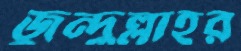
জুন্দুল্লাহর